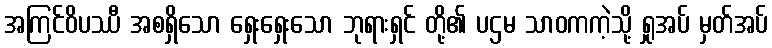
အကြင်ဝိပဿီ အစရှိသော ရှေးရှေးသော ဘုရားရှင် တို့၏ ပဌမ သာဝကကဲ့သို့ ရှုအပ် မှတ်အပ်